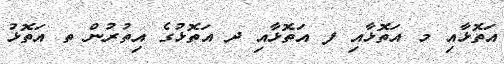
އަތޮޅާއި މ އަތޮޅާއި ފ އަތޮޅާއި ދ އަތޮޅުގެ އިތުރުން ތ އަތޮޅު